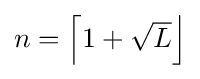
{\textstyle n=\left\lceil 1+{\sqrt {L}}\right\rfloor }